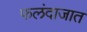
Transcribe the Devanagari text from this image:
फलंदाजात